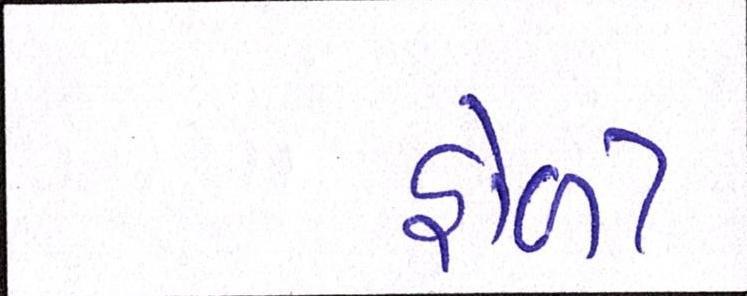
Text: હોળી